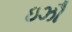
ઇઝૌ